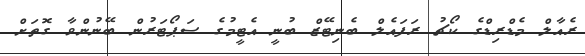
ރެއާލް މެޑްރިޑްގެ ކޯޗު ރަފައެލް ބެނިޓޭޒް ބުނީ އެޓީމުގެ ސަޕޯޓަރުން ބޭނުންވާ ގޮތަށް